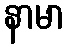
နာမာ